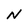
Character: N